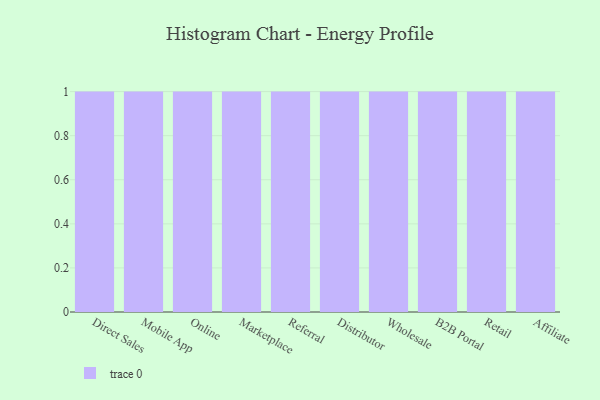
{"axis": {"x": "Channel", "y": "Headcount"}, "legend": [""], "data": [{"x": "Direct Sales", "y": 80, "type": ""}, {"x": "Mobile App", "y": 89, "type": ""}, {"x": "Online", "y": 23, "type": ""}, {"x": "Marketplace", "y": 4, "type": ""}, {"x": "Referral", "y": 21, "type": ""}, {"x": "Distributor", "y": 34, "type": ""}, {"x": "Wholesale", "y": 27, "type": ""}, {"x": "B2B Portal", "y": 27, "type": ""}, {"x": "Retail", "y": 38, "type": ""}, {"x": "Affiliate", "y": 51, "type": ""}]}